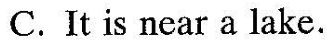
C.It is near a lake.